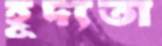
হূদ্যতা